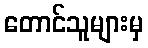
တောင်သူများမှ